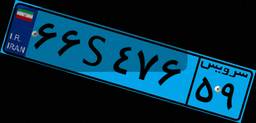
۵۷S۹۳۸۷۱